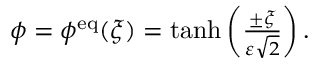
\begin{array} { r } { \phi = \phi ^ { \mathrm { e q } } ( \xi ) = \operatorname { t a n h } \left( \frac { \pm \xi } { \varepsilon \sqrt { 2 } } \right) . } \end{array}